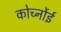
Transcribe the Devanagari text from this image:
कोर्च्नोई